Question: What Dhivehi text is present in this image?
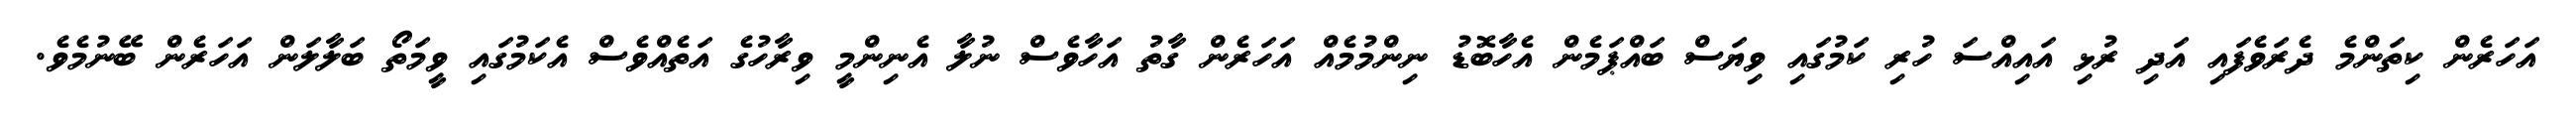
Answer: އަހަރެން ކިތަންމެ ދެރަވެފައި އަދި ރުޅި އައިއްސަ ހުރި ކަމުގައި ވިޔަސް ބައްޕަމެން އެހާބޮޑު ނިންމުމެއް އަހަރެން ގާތު އަހާވެސް ނުލާ އެނިންމީ ވިރާހުގެ އަތެއްވެސް އެކަމުގައި ވީމަތޯ ބަލާލަން އަހަރެން ބޭނުމެވެ.